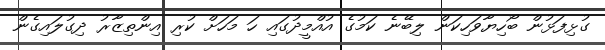
ގުޅިފަޅުން ބޯހިޔާވަހިކަން ލިބޭނެ ކަމުގެ އުއްމީދުގައި ހަ މަހަށް ކުރި އިންތިޒާރު ދިގުލައިގެން